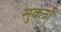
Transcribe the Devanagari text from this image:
सुकर्नो